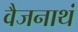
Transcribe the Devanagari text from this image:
वैजनाथं